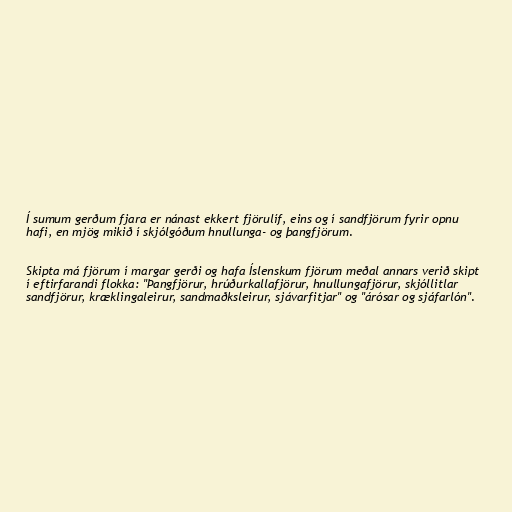
Í sumum gerðum fjara er nánast ekkert fjörulíf, eins og í sandfjörum fyrir opnu
hafi, en mjög mikið í skjólgóðum hnullunga- og þangfjörum.

Skipta má fjörum í margar gerði og hafa Íslenskum fjörum meðal annars verið skipt
í eftirfarandi flokka: "Þangfjörur, hrúðurkallafjörur, hnullungafjörur, skjóllitlar
sandfjörur, kræklingaleirur, sandmaðksleirur, sjávarfitjar" og "árósar og sjáfarlón".